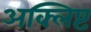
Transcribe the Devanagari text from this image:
अक्लिष्ट